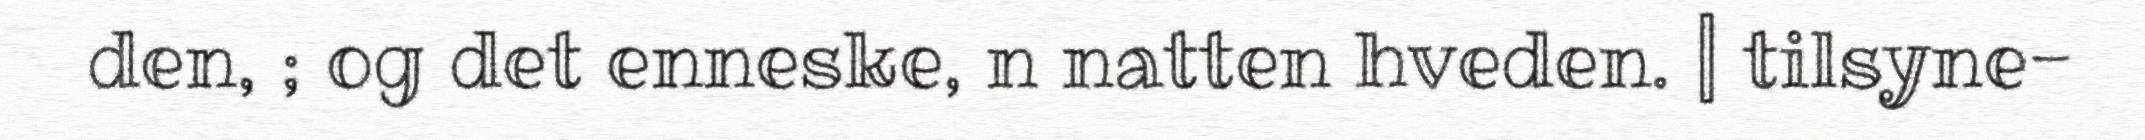
den, ; og det enneske, n natten hveden. | tilsyne-